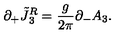
\partial _ { + } \tilde { J } { ^ { R } _ { 3 } } = { \frac { g } { 2 \pi } } \partial _ { - } A _ { 3 } .